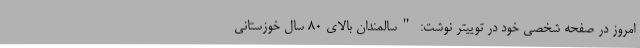
امروز در صفحه شخصی خود در توییتر نوشت: "سالمندان بالای ۸۰ سال خوزستانی